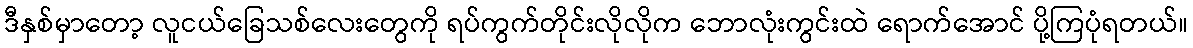
ဒီနှစ်မှာတော့ လူငယ်ခြေသစ်လေးတွေကို ရပ်ကွက်တိုင်းလိုလိုက ဘောလုံးကွင်းထဲ ရောက်အောင် ပို့ကြပုံရတယ်။